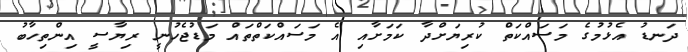
ދަނޑު އެޅުމުގެ މަސައްކަތް ކުރިޔަށްދާ ކަމަށާއި އެ މަސައްކަތްތައް މަޑުޖެހުނީ ރިޔާސީ އިންތިހާބު